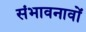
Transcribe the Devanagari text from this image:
संभावनावों